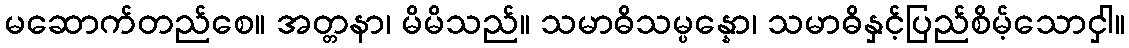
မဆောက်တည်စေ။ အတ္တနာ၊ မိမိသည်။ သမာဓိသမ္ပန္နော၊ သမာဓိနှင့်ပြည်စိမ့်သောငှါ။